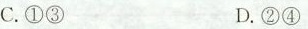
C.①③ D.②④